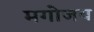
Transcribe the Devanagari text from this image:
मगोजय